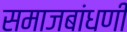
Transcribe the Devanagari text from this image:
समाजबांधणी